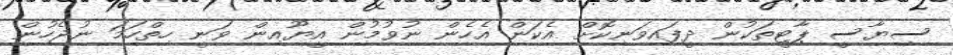
ސިޔާސީ ޕާޓީތަކުން ދީފައިވަނިކޮށް އެކަން އެހެން ނުވުމުން އީޔޫއިން ވަނީ ހިތްހަމަ ނުޖެހުން